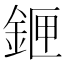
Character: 𨧄